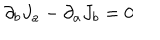
{ \partial } _ { b } J _ { a } - { \partial } _ { a } J _ { b } = 0